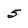
Character: 5